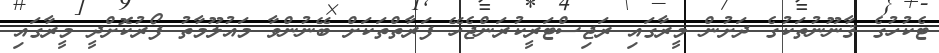
ޓެކުހުގެ ޤާނޫނުތަކުގެ ދަށުން މީރާގައި ރަޖިސްޓަރީކުރަންޖެހޭ ފަރާތްތަކަށް ބޭނުންވާ މައުލޫމާތު ފޯރުކޮށްދީ މީރާގައި